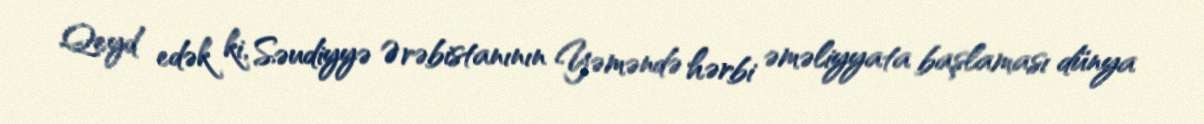
Qeyd edək ki, Səudiyyə Ərəbistanının Yəməndə hərbi əməliyyata başlaması dünya